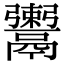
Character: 𩱖